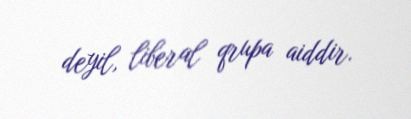
deyil, liberal qrupa aiddir.